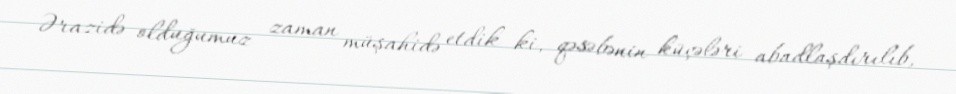
Ərazidə olduğumuz zaman müşahidə etdik ki, qəsəbənin küçələri abadlaşdırılıb,